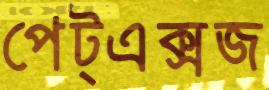
পেট্এক্সজ